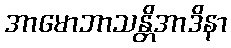
အာမောဘာသန္တိအာဒိနာ